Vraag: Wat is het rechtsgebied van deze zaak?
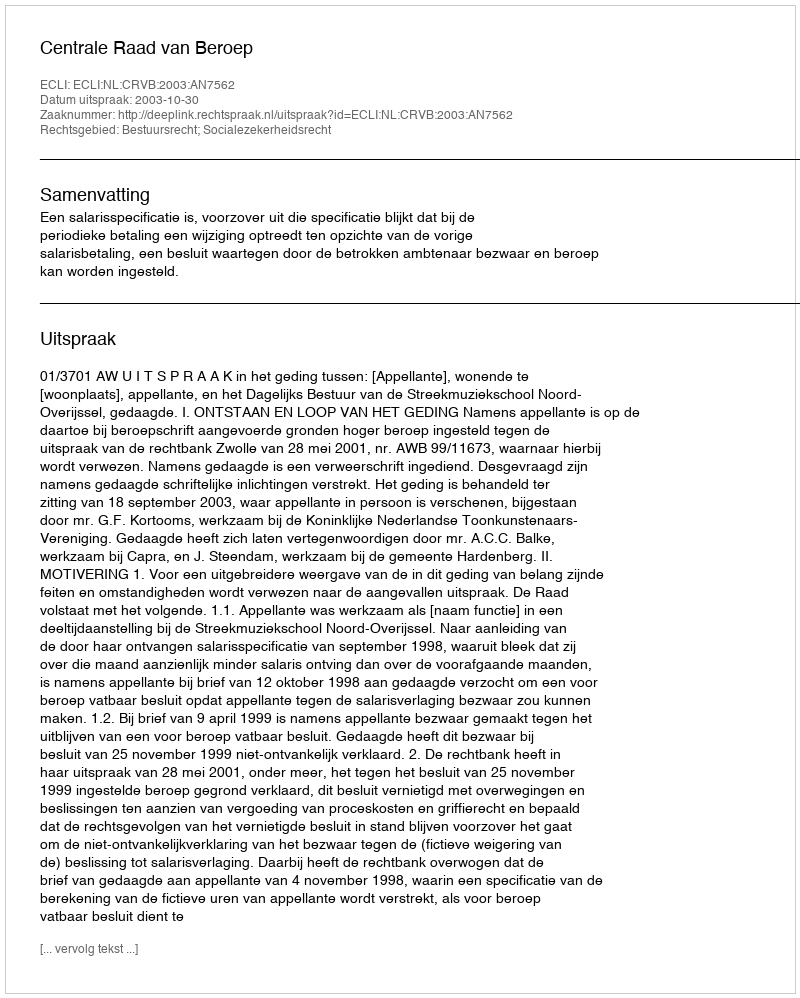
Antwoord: Bestuursrecht; Socialezekerheidsrecht